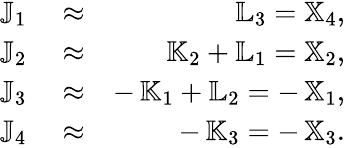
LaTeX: \begin{array}{rlr}{{\mathbb J}_{1}}&{{}\approx}&{{\mathbb L}_{3}={\mathbb X}_{4},}\\ {{\mathbb J}_{2}}&{{}\approx}&{{\mathbb K}_{2}+{\mathbb L}_{1}={\mathbb X}_{2},}\\ {{\mathbb J}_{3}}&{{}\approx}&{-\, {\mathbb K}_{1}+{\mathbb L}_{2}=-\, {\mathbb X}_{1},}\\ {{\mathbb J}_{4}}&{{}\approx}&{-\, {\mathbb K}_{3}=-\, {\mathbb X}_{3}.}\end{array}